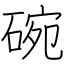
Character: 碗